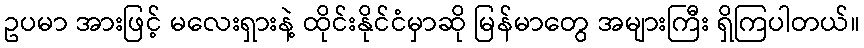
ဥပမာ အားဖြင့် မလေးရှားနဲ့ ထိုင်းနိုင်ငံမှာဆို မြန်မာတွေ အများကြီး ရှိကြပါတယ်။